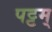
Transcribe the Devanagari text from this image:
पट्टम्